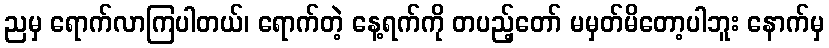
ညမှ ရောက်လာကြပါတယ်၊ ရောက်တဲ့ နေ့ရက်ကို တပည့်တော် မမှတ်မိတော့ပါဘူး နောက်မှ